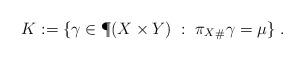
LaTeX: \begin{align*}K:=\{\gamma\in \P(X\times Y) \; : \; {\pi_X}_\# \gamma=\mu\}\;.\end{align*}